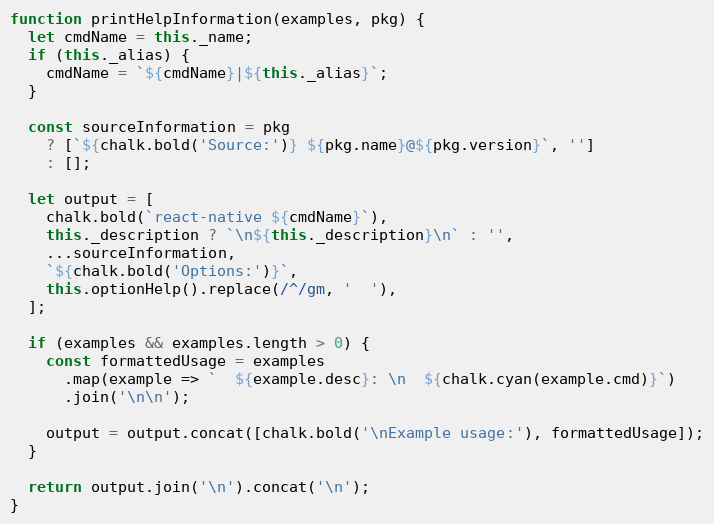
Language: JavaScript
function printHelpInformation(examples, pkg) {
  let cmdName = this._name;
  if (this._alias) {
    cmdName = `${cmdName}|${this._alias}`;
  }

  const sourceInformation = pkg
    ? [`${chalk.bold('Source:')} ${pkg.name}@${pkg.version}`, '']
    : [];

  let output = [
    chalk.bold(`react-native ${cmdName}`),
    this._description ? `\n${this._description}\n` : '',
    ...sourceInformation,
    `${chalk.bold('Options:')}`,
    this.optionHelp().replace(/^/gm, '  '),
  ];

  if (examples && examples.length > 0) {
    const formattedUsage = examples
      .map(example => `  ${example.desc}: \n  ${chalk.cyan(example.cmd)}`)
      .join('\n\n');

    output = output.concat([chalk.bold('\nExample usage:'), formattedUsage]);
  }

  return output.join('\n').concat('\n');
}